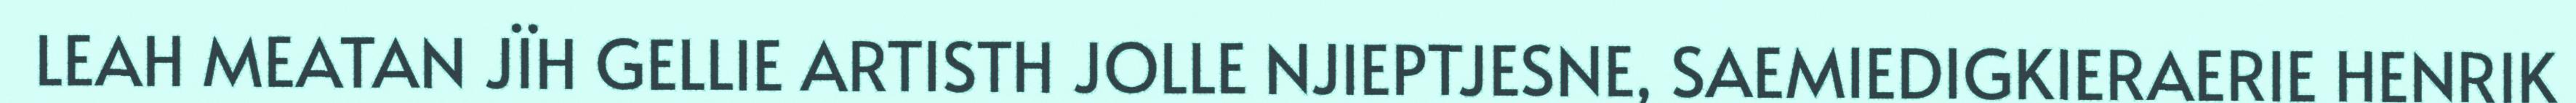
LEAH MEATAN JÏH GELLIE ARTISTH JOLLE NJIEPTJESNE, SAEMIEDIGKIERAERIE HENRIK